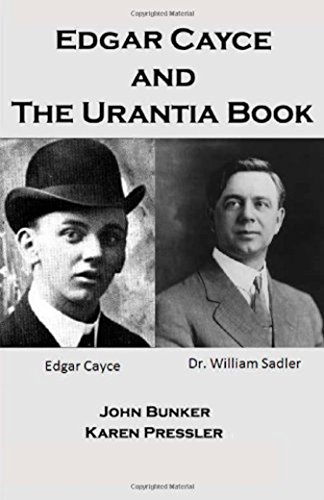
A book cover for Edgar Cayce and the Urantia Book; John Bunker; Religion & Spirituality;